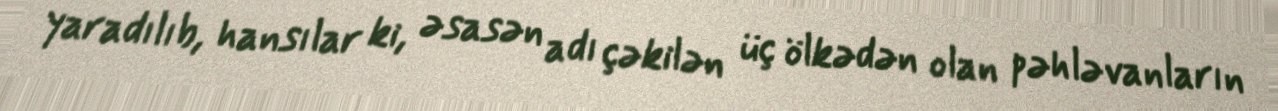
yaradılıb, hansılar ki, əsasən adı çəkilən üç ölkədən olan pəhləvanların